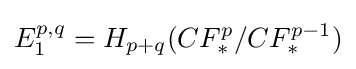
E_{1}^{p,q}=H_{p+q}(CF_{*}^{p}/CF_{*}^{p-1})